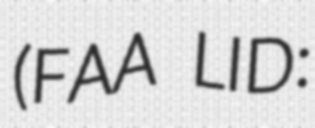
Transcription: (FAA LID: